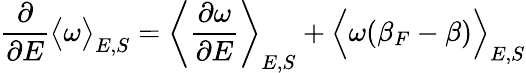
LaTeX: \frac{\partial}{\partial E}\big<\omega\big>_{E,S}=\left<\frac{\partial\omega}{\partial E}\right>_{E,S}+\Big<\omega(\beta_{F}-\beta)\Big>_{E,S}